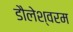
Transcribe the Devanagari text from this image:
डौलेश्वरम